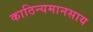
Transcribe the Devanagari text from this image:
काठिन्यमानसाय